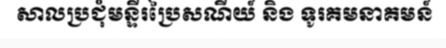
សាលប្រជុំមន្ទីរប្រៃសណីយ៍ និង ទូរគមនាគមន៍